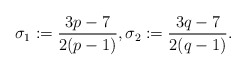
\begin{align*}\sigma_1 := \frac{3p-7}{2(p-1)}, \sigma_2:=\frac{3q-7}{2(q-1)}.\end{align*}